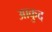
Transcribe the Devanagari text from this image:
आकुद